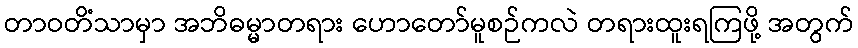
တာဝတိံသာမှာ အဘိဓမ္မာတရား ဟောတော်မူစဉ်ကလဲ တရားထူးရကြဖို့ အတွက်